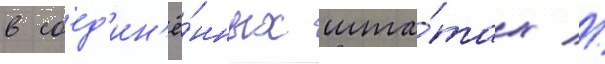
в соед'ин'ё́нных шта́тах //